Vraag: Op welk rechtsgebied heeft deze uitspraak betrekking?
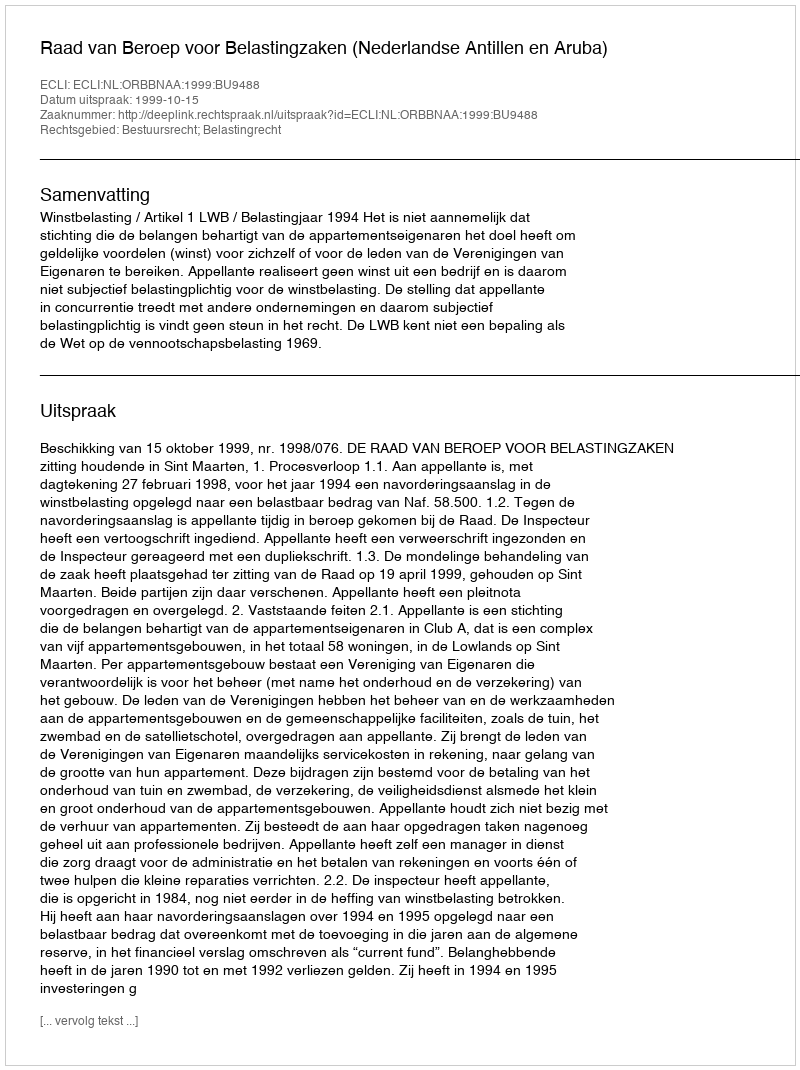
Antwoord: Bestuursrecht; Belastingrecht